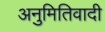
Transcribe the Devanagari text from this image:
अनुमितिवादी